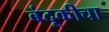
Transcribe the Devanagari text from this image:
बंदूकीचा